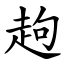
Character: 䞤